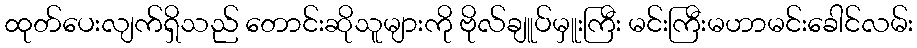
ထုတ်ပေးလျက်ရှိသည် တောင်းဆိုသူများကို ဗိုလ်ချူပ်မှူးကြီး မင်းကြီးမဟာမင်းခေါင်လမ်း